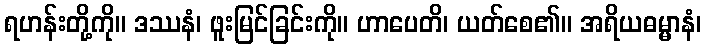
ရဟန်းတို့ကို။ ဒဿနံ၊ ဖူးမြင်ခြင်းကို။ ဟာပေတိ၊ ယတ်စေ၏။ အရိယဓမ္မာနံ၊